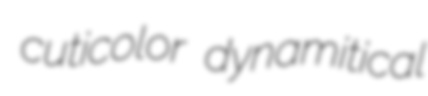
cuticolor dynamitical